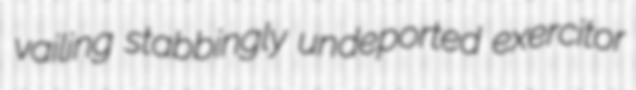
vailing stabbingly undeported exercitor